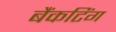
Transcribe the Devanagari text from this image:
बैंकटिंग